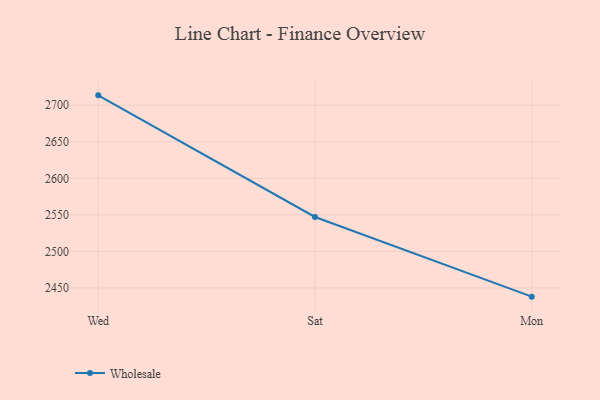
{"axis": {"x": "Day", "y": "Satisfaction Score"}, "legend": ["Wholesale"], "data": [{"x": "Wed", "y": 2713.5, "type": "Wholesale"}, {"x": "Sat", "y": 2547.1, "type": "Wholesale"}, {"x": "Mon", "y": 2438.1, "type": "Wholesale"}]}